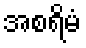
အစရိမံ